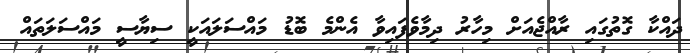
ދައްކާ ގޮތުގައި ރާއްޖެއަށް މިހާރު ދިމާވެފައިވާ އެންމެ ބޮޑު މައްސަލައަކީ ސިޔާސީ މައްސަލަތައް